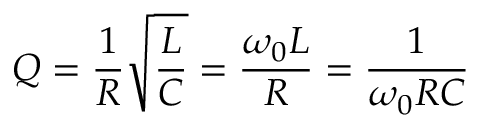
Q = { \frac { 1 } { R } } { \sqrt { \frac { L } { C } } } = { \frac { \omega _ { 0 } L } { R } } = { \frac { 1 } { \omega _ { 0 } R C } }